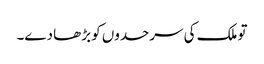
تو ملک کی سرحدوں کو بڑھا دے۔